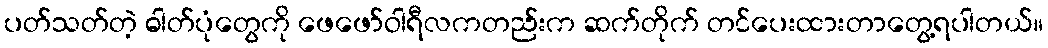
ပတ်သတ်တဲ့ ဓါတ်ပုံတွေကို ဖေဖော်ဝါရီလကတည်းက ဆက်တိုက် တင်ပေးထားတာတွေ့ရပါတယ်။